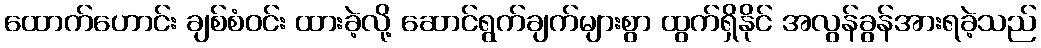
ထောက်ဟောင်း ချစ်စံဝင်း ထားခဲ့လို့ ဆောင်ရွက်ချက်များစွာ ထွက်ရှိနိုင် အလွန်ခွန်အားရခဲ့သည်